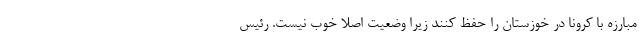
مبارزه با کرونا در خوزستان را حفظ کنند زیرا وضعیت اصلا خوب نیست. رئیس